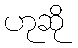
ဟုဆို